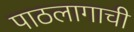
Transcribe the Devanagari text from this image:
पाठलागाची